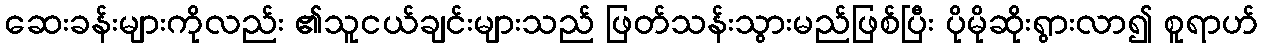
ဆေးခန်းများကိုလည်း ၏သူငယ်ချင်းများသည် ဖြတ်သန်းသွားမည်ဖြစ်ပြီး ပိုမိုဆိုးရွားလာ၍ စူရာဟ်